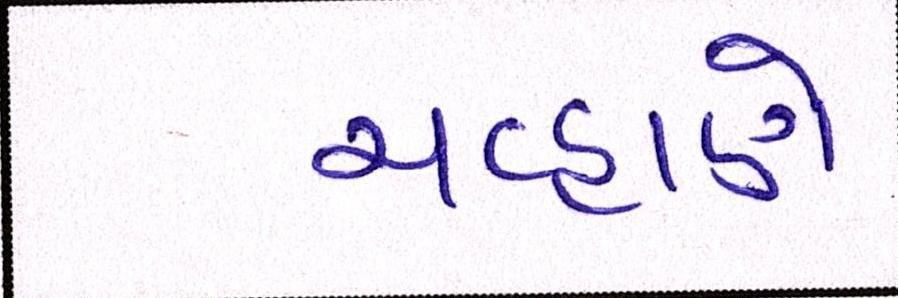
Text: ચવ્હાણે